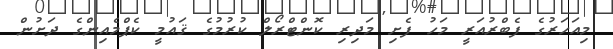
މިއަހަރުގެ ފެބްރުއަރީ މަހު ފެށި މަދިރި ކޮންޓްރޯލް ކުރުމުގެ ޤައުމީ ކެޕްމެއިންގެ ދަށުން